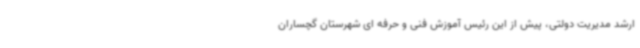
ارشد مدیریت دولتی، پیش از این رئیس آموزش فنی و حرفه ای شهرستان گچساران